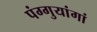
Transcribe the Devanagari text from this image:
पंग्गुयांगां